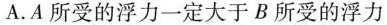
A.A所受的浮力一定大于B所受的浮力